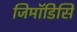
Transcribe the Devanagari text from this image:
जिमॉडिसि